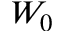
W _ { 0 }